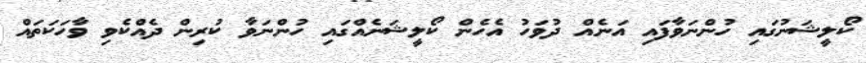
ކޯލީޝަނުގައި ހުންނަވާފައި އަނެއް ދުވަހު އެހެން ކޯލީޝަނެއްގައި ހުންނަވާ ކުރިން ދެއްކެވި ވާހަކަތައް